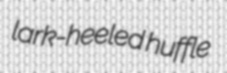
lark-heeled huffle